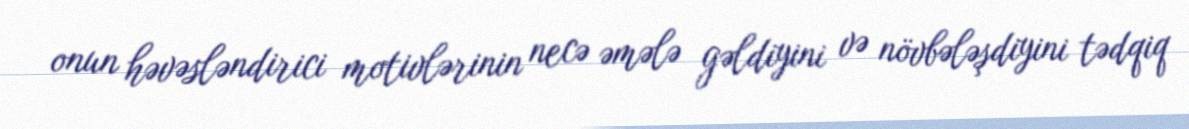
onun həvəsləndirici motivlərinin necə əmələ gəldiyini və növbələşdiyini tədqiq